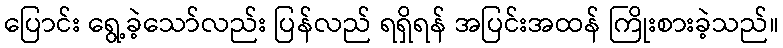
ပြောင်း ရွေ့ခဲ့သော်လည်း ပြန်လည် ရရှိရန် အပြင်းအထန် ကြိုးစားခဲ့သည်။